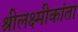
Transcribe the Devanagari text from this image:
श्रीलक्ष्मीकांता